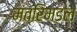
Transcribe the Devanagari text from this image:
मंत्रिमडल